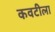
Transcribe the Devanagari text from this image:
कवटीला